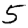
Digit: 5